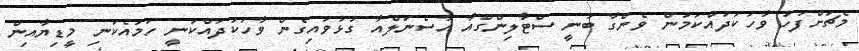
މެޗަށްފަހު ވާހަކަދައްކަމުން ވެންގާ ބުނީ ސްޓާލިންގްއާ އާސެނަލްއާ ގުޅުވައިގެން ވާހަކަދައްކަނީ ހަމައެކަނި މީޑިޔާއިން